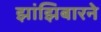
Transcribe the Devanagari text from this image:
झांझिबारने